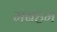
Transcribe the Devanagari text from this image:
मबहम